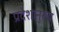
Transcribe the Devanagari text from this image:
प्रदेशानुरूप